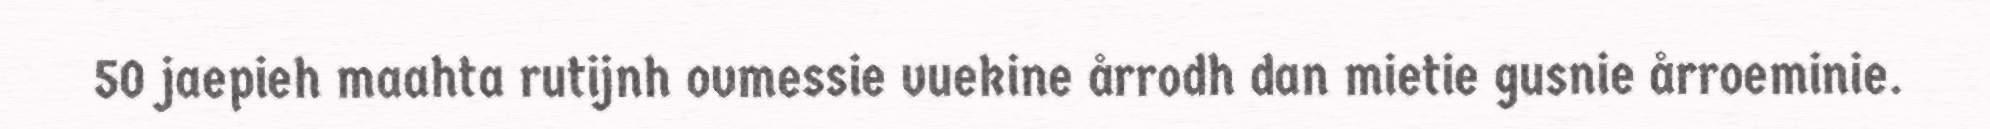
50 jaepieh maahta rutijnh ovmessie vuekine årrodh dan mietie gusnie årroeminie.